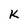
Character: K